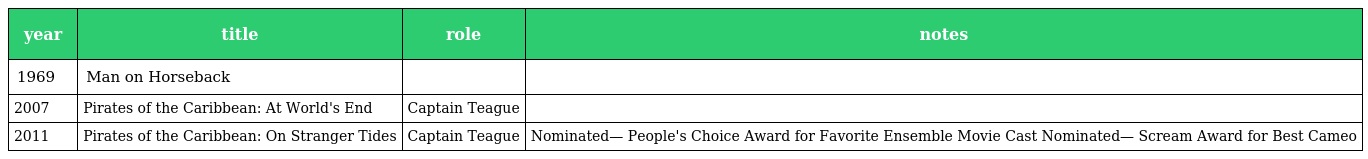
| year | title | role | notes |
 | --- | --- | --- | --- |
 | 1969 | Man on Horseback |  |  |
 | 2007 | Pirates of the Caribbean: At World's End | Captain Teague |  |
 | 2011 | Pirates of the Caribbean: On Stranger Tides | Captain Teague | Nominated— People's Choice Award for Favorite Ensemble Movie Cast Nominated— Scream Award for Best Cameo |